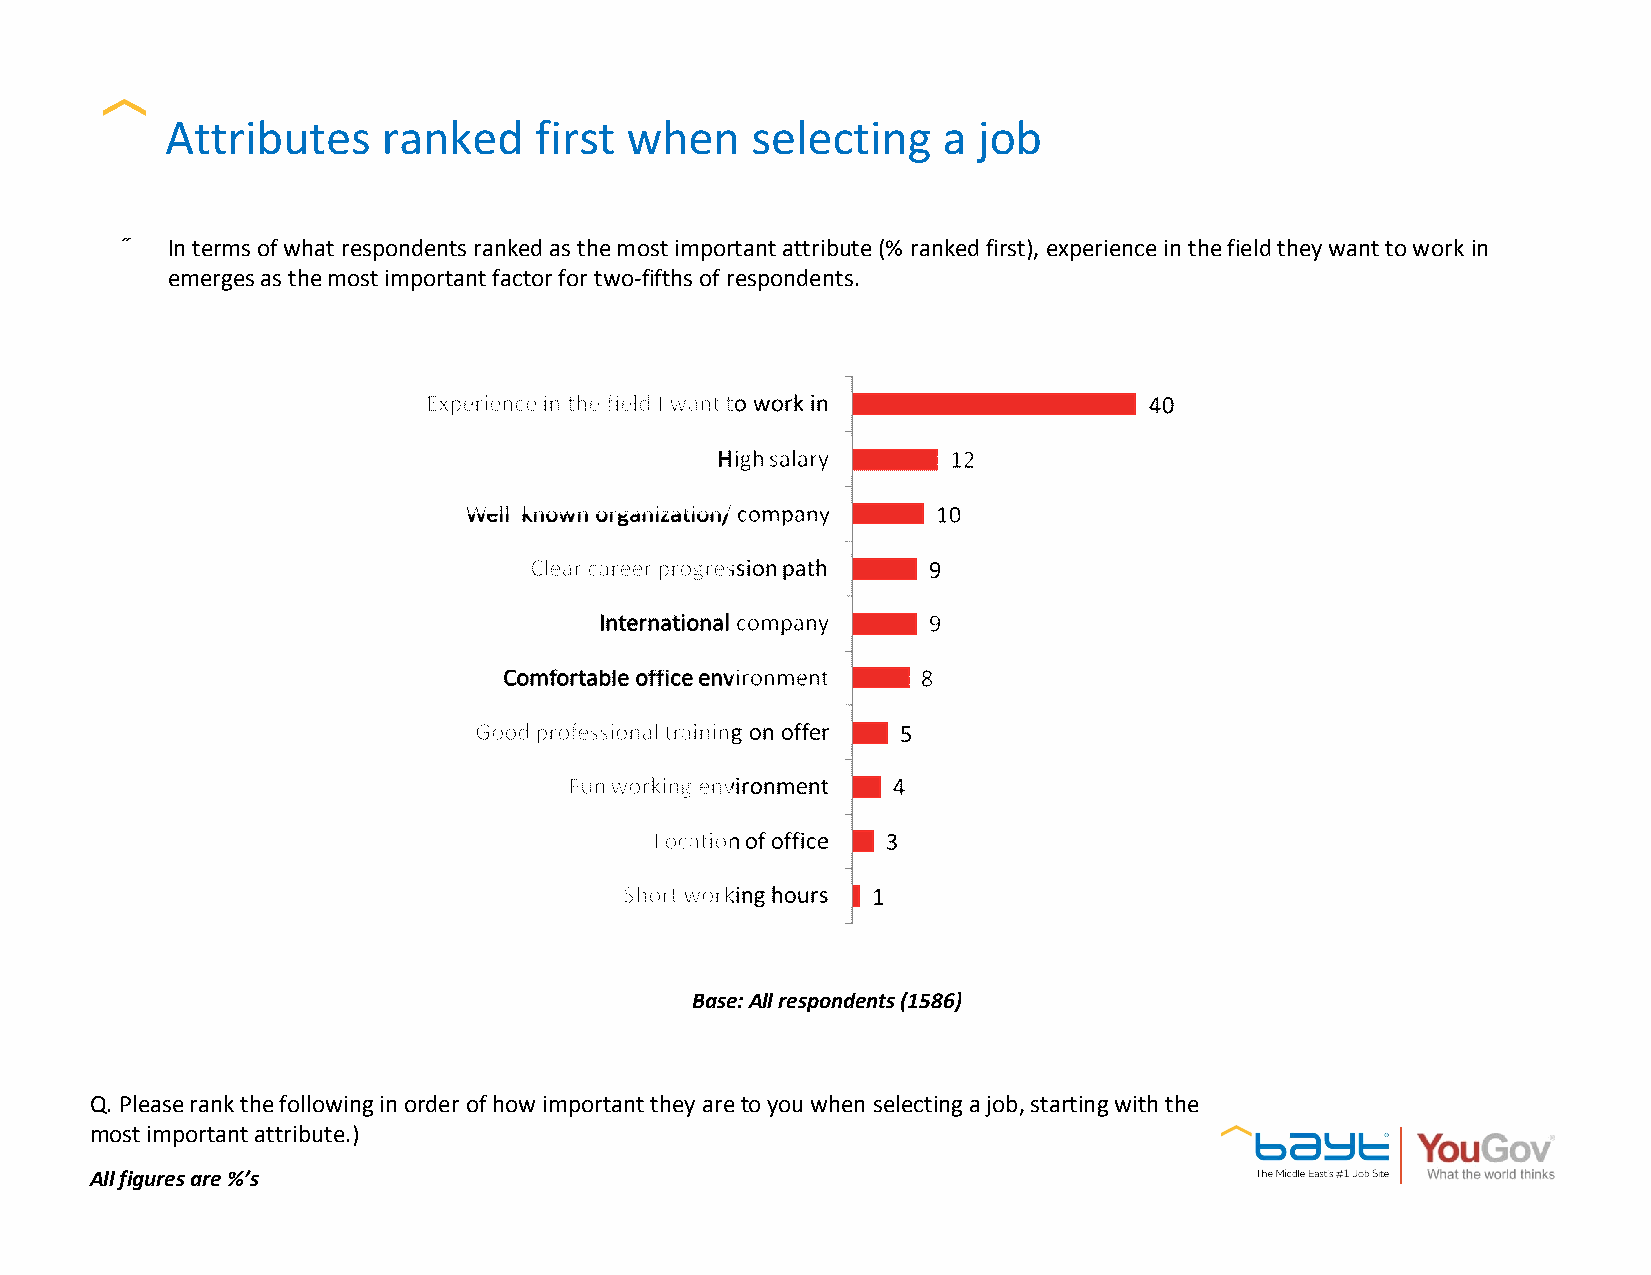
Attributes    ranked    first when     selecting   a  job
 •  In terms of what respondents ranked as the most important attribute (% ranked first), experience in the field they want to work in
 emerges as the most important factor for two-fifths of respondents.
 Base: All respondents (1586)
 Q. Please rank the following in order of how important they are to you when selecting a job, starting with the
 most important attribute.)
 All figures are %’s